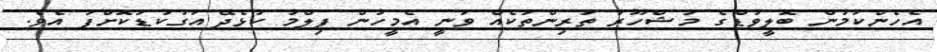
އެހެންކަމުން ބޮލީވުޑްގެ މަޝްހޫރު ތަރިންތަކެއް ވަނީ އެމީހުން ފިލްމު ކުޅެދޭ އަގުކުޑަކޮށްފަ އެވެ.